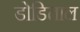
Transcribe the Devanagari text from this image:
डोडिताल